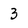
Character: 3